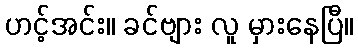
ဟင့်အင်း။ ခင်ဗျား လူ မှားနေပြီ။